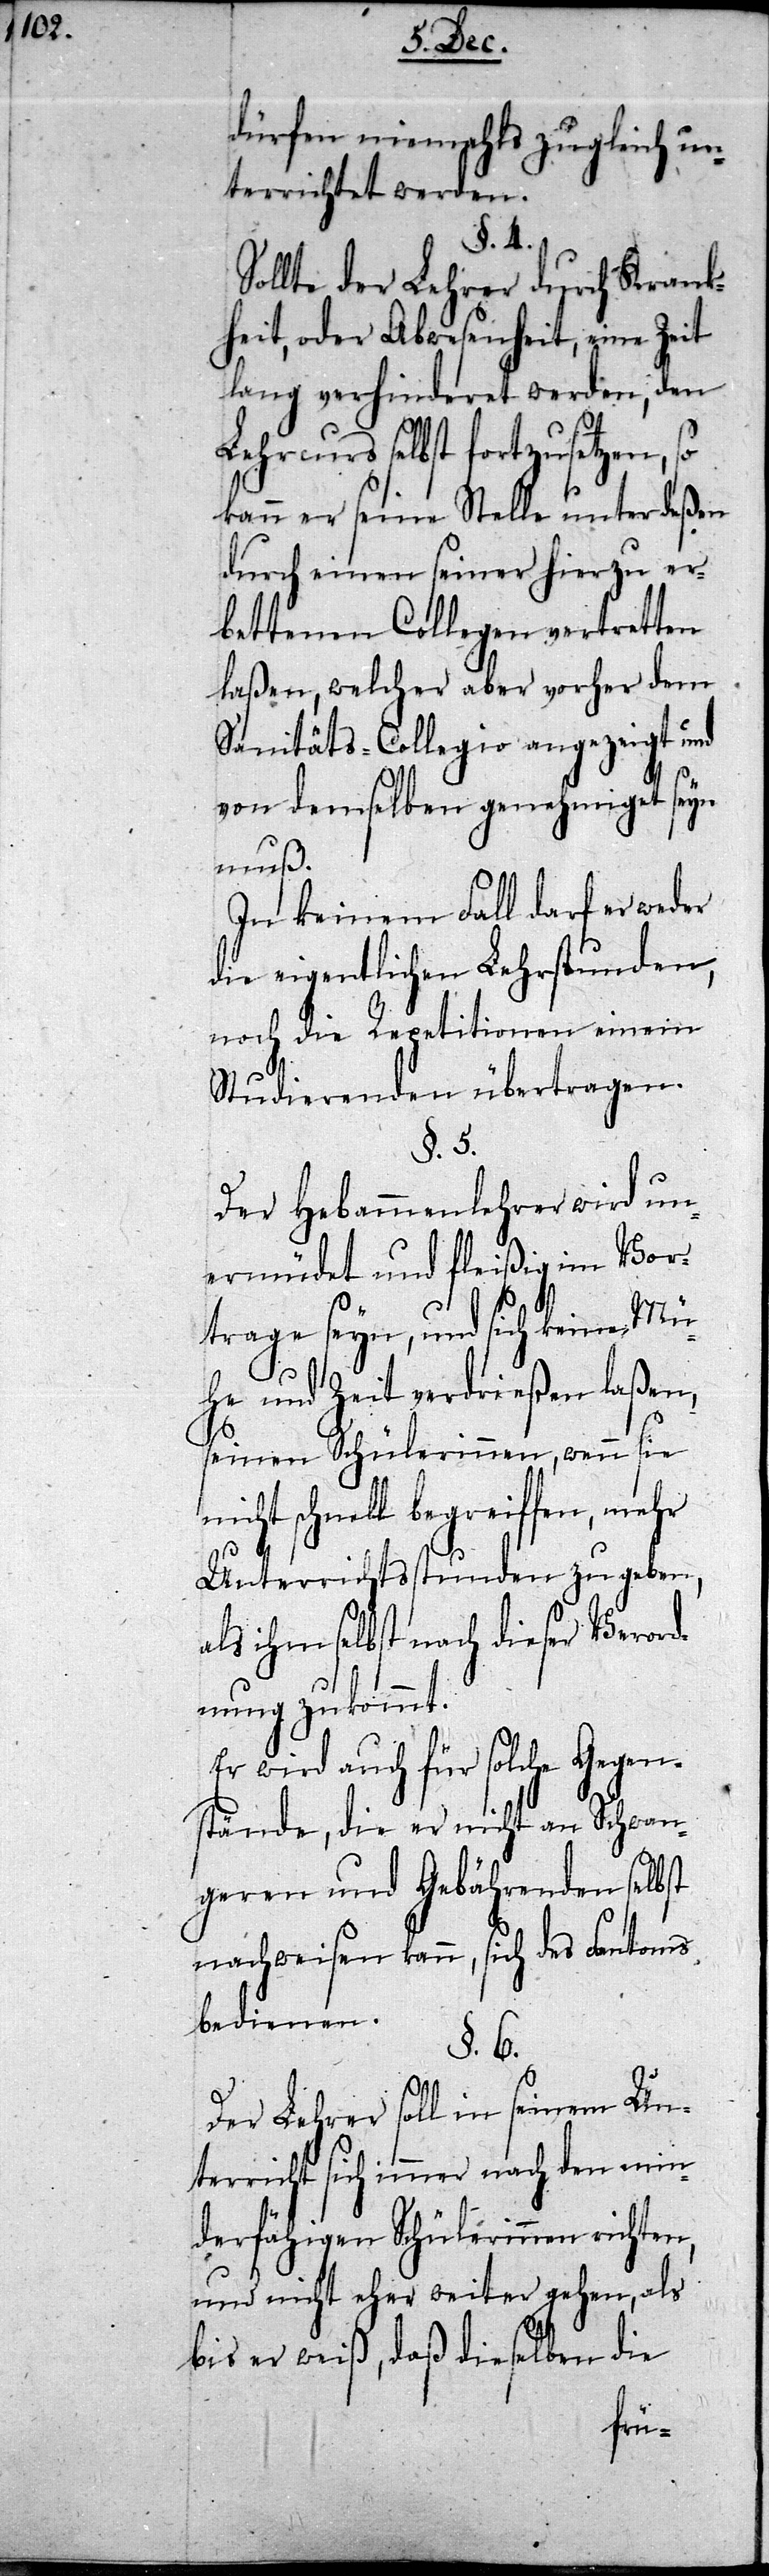
dürfen niemahls zugleich un¬
terrichtet werden.
§. 4.
Sollte der Lehrer durch Krank¬
heit, oder Abwesenheit, eine Zeit
lang verhinderet werden, den
Lehrcurs selbst fortzusetzen, so
kann er seine Stelle unterdeßen
durch einen seiner hierzu er¬
bettenen Collegen vertretten
laßen, welcher aber vorher dem
Sanitäts-Collegio angezeigt und
von demselben genehmiget seyn
muß.
In keinem Fall darf er weder
die eigentlichen Lehrstunden
noch die Repetitionen einem
Studierenden übertragen.
§. 5.
Der Hebammenlehrer wird un¬
ermüdet und fleißig im Vor¬
trage seyn, und sich keiner Mü¬
he und Zeit verdrießen laßen,
seinen Schülerinnen, wenn sie
nicht schnell begreiffen, mehr
Unterrichtsstunden zu geben,
als ihm selbst nach dieser Verord¬
nung zukommt.
Er wird auch für solche Gegen¬
stände, die er nicht an Schwan¬
geren und Gebährenden selbst
nachweisen kann, sich des Fantoms
bedienen.
§. 6.
Der Lehrer soll in seinem Un¬
terricht sich immer nach den min¬
derfähigen Schülerinnen richten,
und nicht eher weiter gehen, als
bis er weiß, daß dieselben die